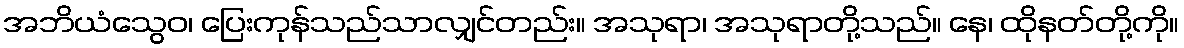
အဘိယံသွေဝ၊ ပြေးကုန်သည်သာလျှင်တည်း။ အသုရာ၊ အသုရာတို့သည်။ နေ၊ ထိုနတ်တို့ကို။